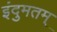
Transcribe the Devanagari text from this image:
इंदुमतम्